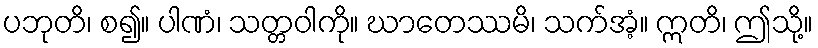
ပဘုတိ၊ စ၍။ ပါဏံ၊ သတ္တဝါကို။ ဃာတေဿမိ၊ သက်အံ့။ ဣတိ၊ ဤသို့။